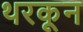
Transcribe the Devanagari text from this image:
थरकून